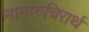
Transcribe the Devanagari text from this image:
नानारुचिरार्थ